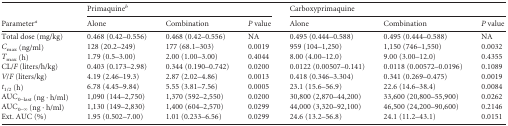
<table><thead><tr><td rowspan="2"><b>Parameter<sup><i>a</i></sup></b></td><td colspan="3"><b>Primaquine<sup><i>b</i></sup></b></td><td colspan="3"><b>Carboxyprimaquine</b></td></tr><tr><td><b>Alone</b></td><td><b>Combination</b></td><td><b><i>P</i> value</b></td><td><b>Alone</b></td><td><b>Combination</b></td><td><b><i>P</i> value</b></td></tr></thead><tbody><tr><td>Total dose (mg/kg)</td><td>0.468 (0.42–0.556)</td><td>0.468 (0.42–0.556)</td><td>NA</td><td>0.495 (0.444–0.588)</td><td>0.495 (0.444–0.588)</td><td>NA</td></tr><tr><td><i>C</i><sub>max</sub> (ng/ml)</td><td>128 (20.2–249)</td><td>177 (68.1–303)</td><td>0.0019</td><td>959 (104–1,250)</td><td>1,150 (746–1,550)</td><td>0.0032</td></tr><tr><td><i>T</i><sub>max</sub> (h)</td><td>1.79 (0.5–3.00)</td><td>2.00 (1.00–3.00)</td><td>0.4044</td><td>8.00 (4.00–12.0)</td><td>9.00 (3.00–12.0)</td><td>0.4355</td></tr><tr><td>CL/<i>F</i> (liters/h/kg)</td><td>0.403 (0.173–2.98)</td><td>0.344 (0.190–0.742)</td><td>0.0200</td><td>0.0122 (0.00507–0.141)</td><td>0.0118 (0.00572–0.0196)</td><td>0.1089</td></tr><tr><td><i>V</i>/<i>F</i> (liters/kg)</td><td>4.19 (2.46–19.3)</td><td>2.87 (2.02–4.86)</td><td>0.0013</td><td>0.418 (0.346–3.304)</td><td>0.341 (0.269–0.475)</td><td>0.0019</td></tr><tr><td><i>t</i><sub>1/2</sub> (h)</td><td>6.78 (4.45–9.84)</td><td>5.55 (3.81–7.56)</td><td>0.0005</td><td>23.1 (15.6–56.9)</td><td>22.6 (14.6–38.4)</td><td>0.0084</td></tr><tr><td>AUC<sub>0–last</sub> (ng · h/ml)</td><td>1,090 (144–2,750)</td><td>1,370 (592–2,550)</td><td>0.0200</td><td>30,800 (2,870–44,200)</td><td>33,600 (20,800–55,900)</td><td>0.0262</td></tr><tr><td>AUC<sub>0–∞</sub> (ng · h/ml)</td><td>1,130 (149–2,830)</td><td>1,400 (604–2,570)</td><td>0.0299</td><td>44,000 (3,320–92,100)</td><td>46,500 (24,200–90,600)</td><td>0.2146</td></tr><tr><td>Ext. AUC (%)</td><td>1.95 (0.502–7.00)</td><td>1.01 (0.233–6.56)</td><td>0.0299</td><td>24.6 (13.2–56.8)</td><td>24.1 (11.2–43.1)</td><td>0.0151</td></tr></tbody></table>